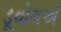
ડૂવોલએ